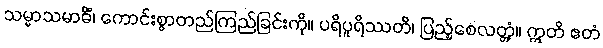
သမ္မာသမာဓိံ၊ ကောင်းစွာတည်ကြည်ခြင်းကို။ ပရိပူရိဿတိ၊ ပြည့်စေလတ္တံ့။ ဣတိ ဧတံ